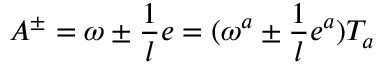
A ^ { \pm } = \omega \pm \frac { 1 } { l } e = ( \omega ^ { a } \pm \frac { 1 } { l } e ^ { a } ) T _ { a }